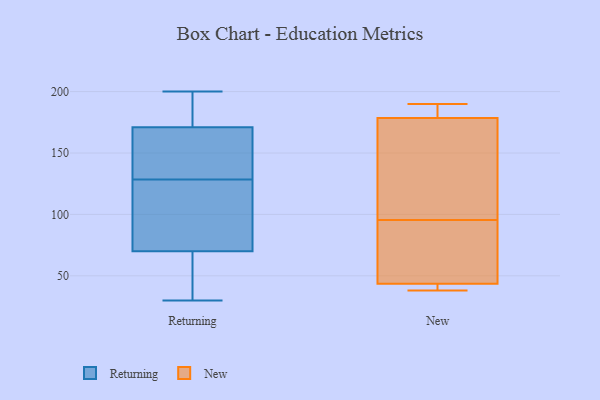
{"axis": {"x": "Humidity (%)", "y": "Value"}, "legend": ["New", "Returning"], "data": [{"x": "", "y": 156, "type": "Returning"}, {"x": "", "y": 125, "type": "Returning"}, {"x": "", "y": 79, "type": "Returning"}, {"x": "", "y": 54, "type": "Returning"}, {"x": "", "y": 30, "type": "Returning"}, {"x": "", "y": 200, "type": "Returning"}, {"x": "", "y": 132, "type": "Returning"}, {"x": "", "y": 70, "type": "Returning"}, {"x": "", "y": 171, "type": "Returning"}, {"x": "", "y": 197, "type": "Returning"}, {"x": "", "y": 173, "type": "New"}, {"x": "", "y": 190, "type": "New"}, {"x": "", "y": 40, "type": "New"}, {"x": "", "y": 115, "type": "New"}, {"x": "", "y": 184, "type": "New"}, {"x": "", "y": 184, "type": "New"}, {"x": "", "y": 39, "type": "New"}, {"x": "", "y": 47, "type": "New"}, {"x": "", "y": 89, "type": "New"}, {"x": "", "y": 100, "type": "New"}, {"x": "", "y": 164, "type": "New"}, {"x": "", "y": 91, "type": "New"}, {"x": "", "y": 38, "type": "New"}, {"x": "", "y": 188, "type": "New"}, {"x": "", "y": 39, "type": "New"}, {"x": "", "y": 60, "type": "New"}]}